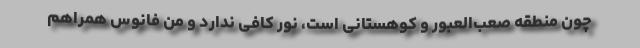
چون منطقه صعب‌العبور و کوهستانی است، نور کافی ندارد و من فانوس همراهم